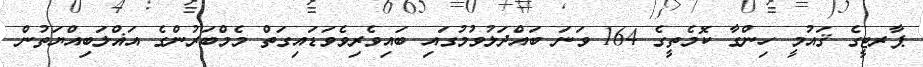
ޕާރޓީގެ ޤައުމީ ހިންގާ ކޮމެތީގެ 164 ވަނަ ބައްދަލުވުމުގައި ބައިވެރިވެވަޑައިގަތް މެމްބަރުންގެ އަޣްލަބިއްޔަތުން